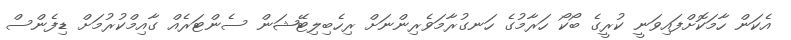
އެކަން ހާމަކޮށްފައިވަނީ ކުރީގެ ބޯކޯ ހަރާމުގެ ހަނގުރާމަވެރިންނަށް ރިހެބިލިޓޭޝަން ސެންޓަރެއް ގާއިމްކުރުމަށް ޑިފެންސް